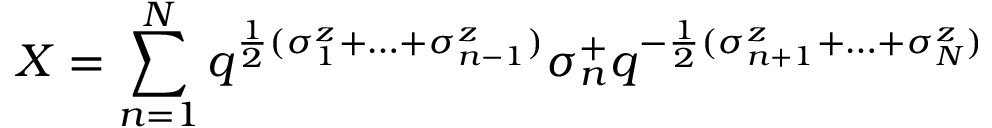
X = \sum _ { n = 1 } ^ { N } q ^ { \frac 1 2 ( \sigma _ { 1 } ^ { z } + \ldots + \sigma _ { n - 1 } ^ { z } ) } \sigma _ { n } ^ { + } q ^ { - \frac 1 2 ( \sigma _ { n + 1 } ^ { z } + \ldots + \sigma _ { N } ^ { z } ) }